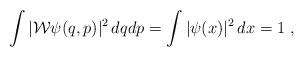
LaTeX: \begin{align*}\int|\mathcal{W} \psi(q,p)|^2\,dqdp=\int|\psi(x)|^2\,dx=1 \ ,\end{align*}